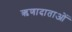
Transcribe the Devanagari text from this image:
ऋणादाताओं